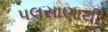
પલસાણાથી